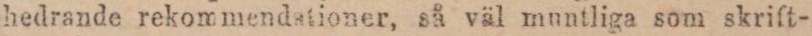
hedrande rekommendstioner, så väl muntliga som skrift-